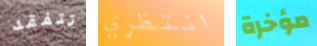
تتفقد انتظري مؤخرة